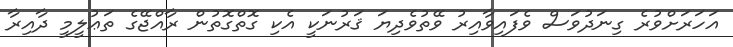
އަހަރަށްވުރެ ގިނަދުވަސް ވެފައިވާއިރު ވޭތުވެދިޔަ ޤަރުނަކީ އެކި ގޮތްގޮތުން ރާއްޖޭގެ ތަޢުލީމީ ދާއިރާ